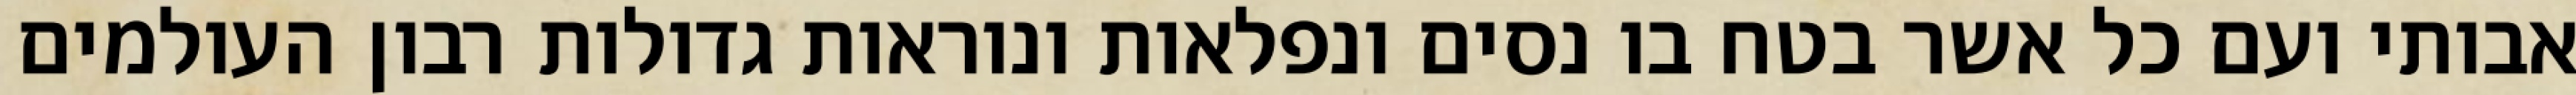
אבותי ועם כל אשר בטח בו נסים ונפלאות ונוראות גדולות רבון העולמים